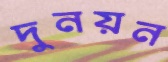
দুনয়ন